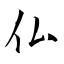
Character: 仏